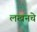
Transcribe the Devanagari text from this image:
लखनचे